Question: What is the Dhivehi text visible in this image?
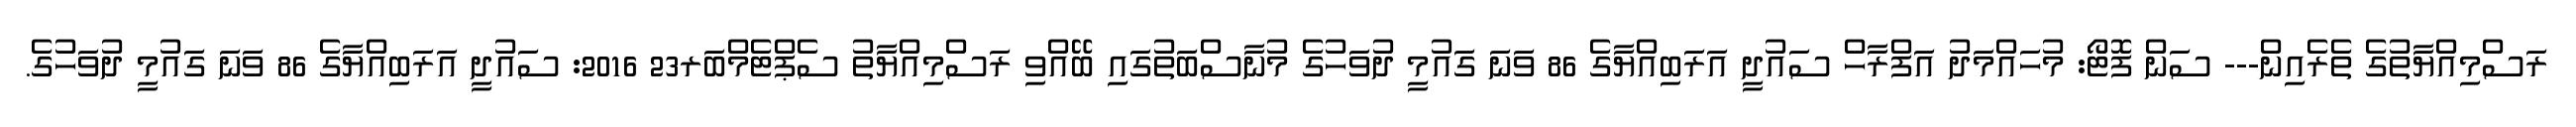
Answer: ރަސްމިއްޔާތުގެ ތެރެއިން--- ސަން ފޮޓޯ: މުހައްމަދު އަފްރާހް ސައުދީ އަރަބިއްޔާގެ 86 ވަނަ ގައުމީ ދުވަހުގެ މުނާސްބަތުގައި ބޭއްވި ރަސްމިއްޔާތު ސެޕްޓެމްބަރ23 2016: ސައުދީ އަރަބިއްޔާގެ 86 ވަނަ ގައުމީ ދުވަހުގެ.